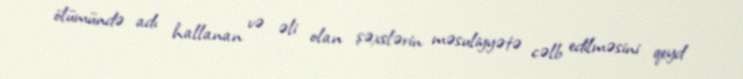
ölümündə adı hallanan və əli olan şəxslərin məsuliyyətə cəlb edilməsini qeyd